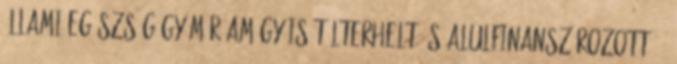
állami egészségügy már amúgy is túlterhelt és alulfinanszírozott” –